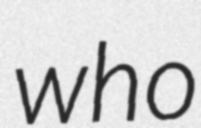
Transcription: who